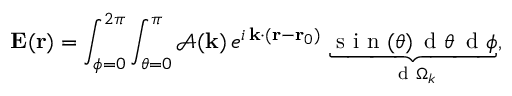
\mathbf { E } ( \mathbf { r } ) = \int _ { \phi = 0 } ^ { 2 \pi } \int _ { \theta = 0 } ^ { \pi } \mathcal { A } ( \mathbf { k } ) \, e ^ { i \, \mathbf { k } \cdot ( \mathbf { r } - \mathbf { r } _ { 0 } ) } \, \underbrace { \mathrm { ~ s ~ i ~ n ~ } ( \theta ) \, \mathrm { ~ d ~ } \theta \, \mathrm { ~ d ~ } \phi } _ { \mathrm { ~ d ~ } \Omega _ { k } } ,